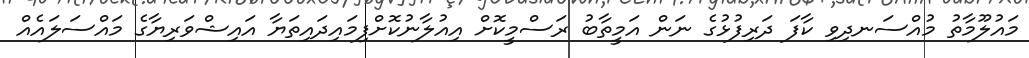
މައުލޫމާތު މުއްސަނދިވި ކާފަ ދަރިފުޅުގެ ނަން އަމީތާބު ރަސްމީކޮށް އިއުލާނުކޮށްފިމައިދައިތަޔާ އައިޝްވަރިޔާގެ މައްސަލައެއް